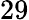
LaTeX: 29